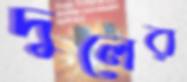
দুলের